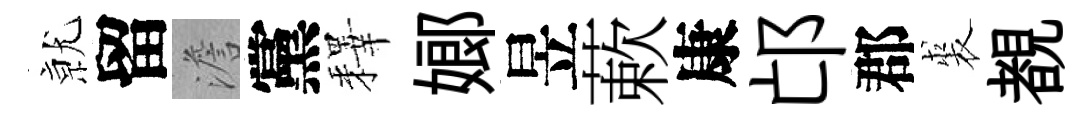
𭕒留澹黨釋嫏昱蔌康邙郡裘覩